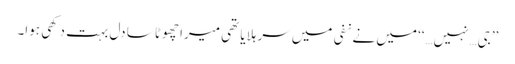
’’جی…نہیں…‘‘ میں نے نفی میں سر ہلایا تھی میرا چھوٹا سا دل بہت دکھی ہوا۔